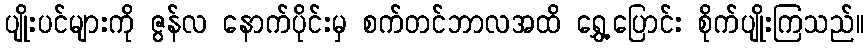
ပျိုးပင်များကို ဇွန်လ နောက်ပိုင်းမှ စက်တင်ဘာလအထိ ရွှေ့ပြောင်း စိုက်ပျိုးကြသည်။